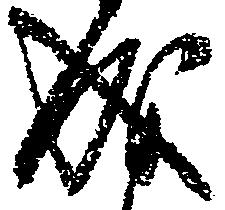
成